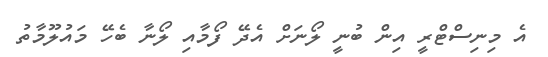
އެ މިނިސްޓްރީ އިން ބުނީ ލޯނަށް އެދޭ ފޯމާއި ލޯނާ ބެހޭ މައުލޫމާތު